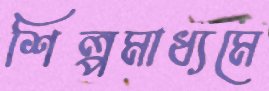
শিল্পমাধ্যমে